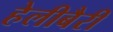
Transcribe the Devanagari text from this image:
हेलीबैरी